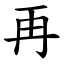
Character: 再